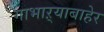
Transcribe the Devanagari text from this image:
गाभाऱ्याबाहेर